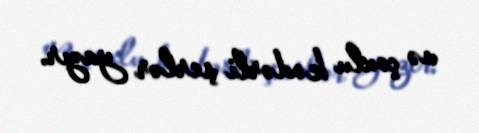
və çoxlu kədərli şerlər yazır.